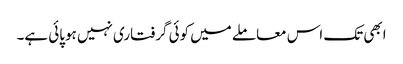
ابھی تک اس معاملے میں کوئی گرفتاری نہیں ہوپائی ہے۔